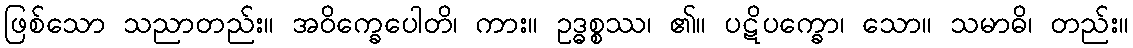
ဖြစ်သော သညာတည်း။ အဝိက္ခေပေါတိ၊ ကား။ ဥဒ္ဓစ္စဿ၊ ၏။ ပဋိပက္ခော၊ သော။ သမာဓိ၊ တည်း။